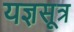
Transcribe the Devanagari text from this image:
यज्ञसूत्र